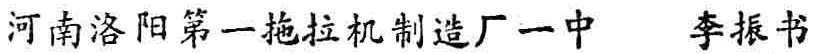
河南洛阳第一拖拉机制造厂一中 李振书